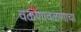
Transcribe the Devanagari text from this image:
वळणावळणाचा